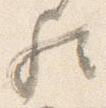
歟